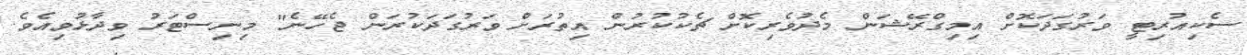
ސެކިއުރިޓީ ވަރުގަދަކޮށް އިމިގްރޭޝަން މެދުވެރިކޮށް ޗެކުކުރުން އިތުރަށް ވަރުގަދަކުރަން ޖެހޭނެ" މިނިސްޓަރު ވިދާޅުވިއެވެ.